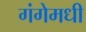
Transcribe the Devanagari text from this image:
गंगेमधी